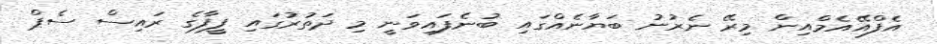
އެފްއޭއެމްއިން މިރޭ ނެރުނު ބަޔާނެއްގައި ބުނެފައިވަނީ މި ދަތުރުގައި ފީފާގެ ރައިސް ސެޕް